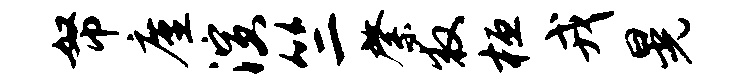
帑廑演竺綮救桓戎晃